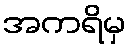
အကရိမှ